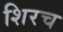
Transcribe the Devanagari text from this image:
शिरच